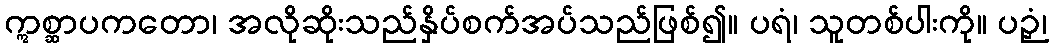
ဣစ္ဆာပကတော၊ အလိုဆိုးသည်နှိပ်စက်အပ်သည်ဖြစ်၍။ ပရံ၊ သူတစ်ပါးကို။ ပဉှံ၊